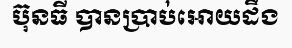
ប៊ុនធី បានប្រាប់អោយដឹង